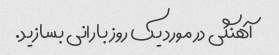
آهنگی در مورد یک روز بارانی بسازید.